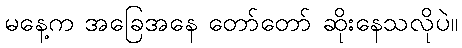
မနေ့က အခြေအနေ တော်တော် ဆိုးနေသလိုပဲ။